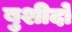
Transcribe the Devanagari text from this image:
बुशीदो